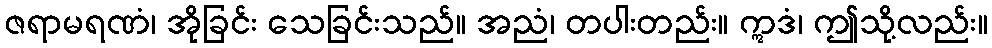
ဇရာမရဏံ၊ အိုခြင်း သေခြင်းသည်။ အညံ၊ တပါးတည်း။ ဣဒံ၊ ဤသို့လည်း။